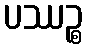
ပဿဉ္စ